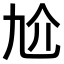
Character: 𠆷